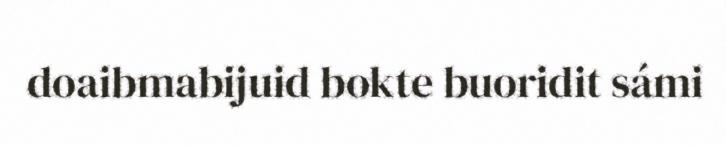
doaibmabijuid bokte buoridit sámi